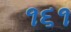
૧૬૧